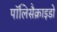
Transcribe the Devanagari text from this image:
पॉलिसैक्राइडो